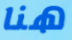
هنا